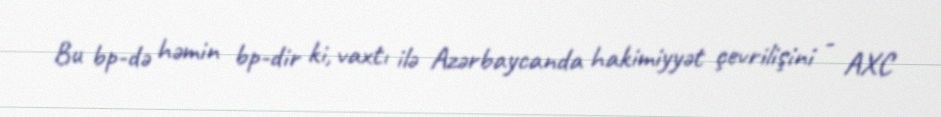
Bu bp-də həmin bp-dir ki, vaxtı ilə Azərbaycanda hakimiyyət çevrilişini - AXC